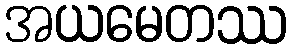
အယမေတဿ